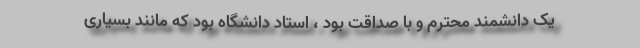
یک دانشمند محترم و با صداقت بود ، استاد دانشگاه بود که مانند بسیاری